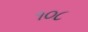
૧૦૮